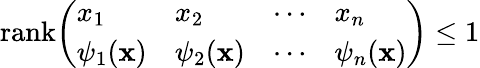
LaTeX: {\mathrm{rank}}{\left(\begin{array}{llll}{x_{1}}&{x_{2}}&{\cdots}&{x_{n}}\\ {\psi_{1}(\mathbf{x})}&{\psi_{2}(\mathbf{x})}&{\cdots}&{\psi_{n}(\mathbf{x})}\end{array}\right)}\leq 1